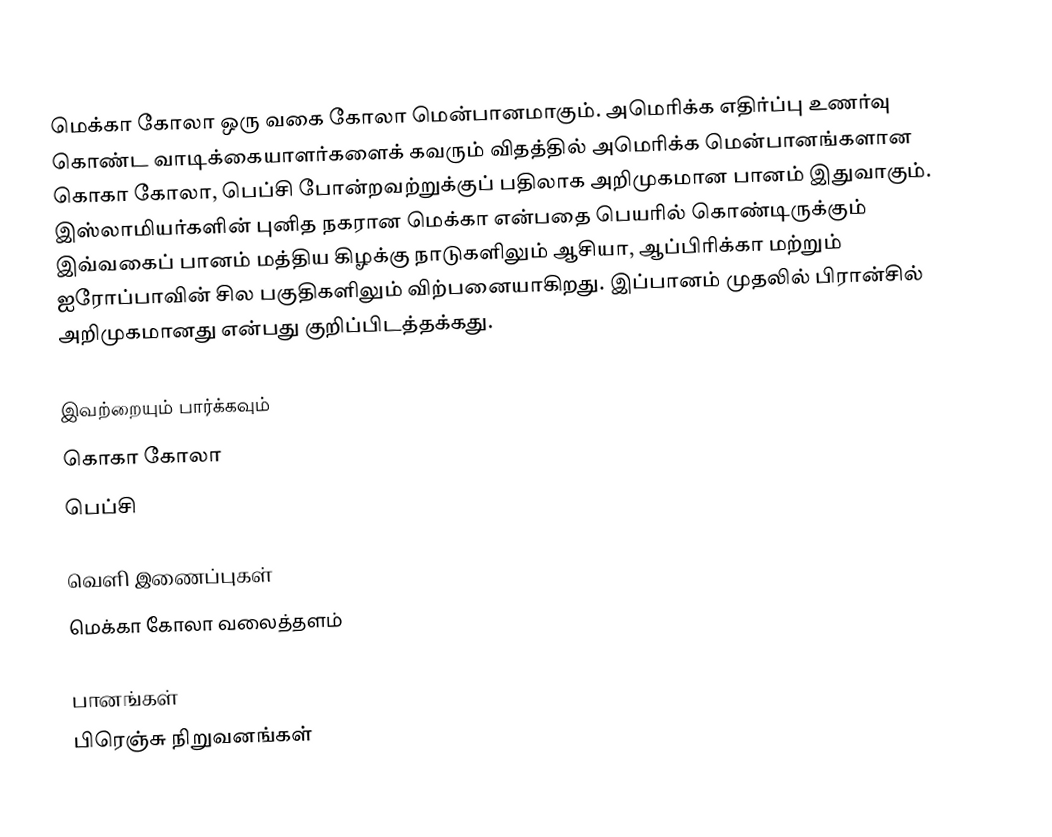
மெக்கா கோலா ஒரு வகை கோலா மென்பானமாகும். அமெரிக்க எதிர்ப்பு உணர்வு கொண்ட வாடிக்கையாளர்களைக் கவரும் விதத்தில் அமெரிக்க மென்பானங்களான கொகா கோலா, பெப்சி போன்றவற்றுக்குப் பதிலாக அறிமுகமான பானம் இதுவாகும். இஸ்லாமியர்களின் புனித நகரான மெக்கா என்பதை பெயரில் கொண்டிருக்கும் இவ்வகைப் பானம் மத்திய கிழக்கு நாடுகளிலும் ஆசியா, ஆப்பிரிக்கா மற்றும் ஐரோப்பாவின் சில பகுதிகளிலும் விற்பனையாகிறது. இப்பானம் முதலில் பிரான்சில் அறிமுகமானது என்பது குறிப்பிடத்தக்கது.

இவற்றையும் பார்க்கவும்
 கொகா கோலா
 பெப்சி

வெளி இணைப்புகள்
 மெக்கா கோலா வலைத்தளம்

பானங்கள்
பிரெஞ்சு நிறுவனங்கள்